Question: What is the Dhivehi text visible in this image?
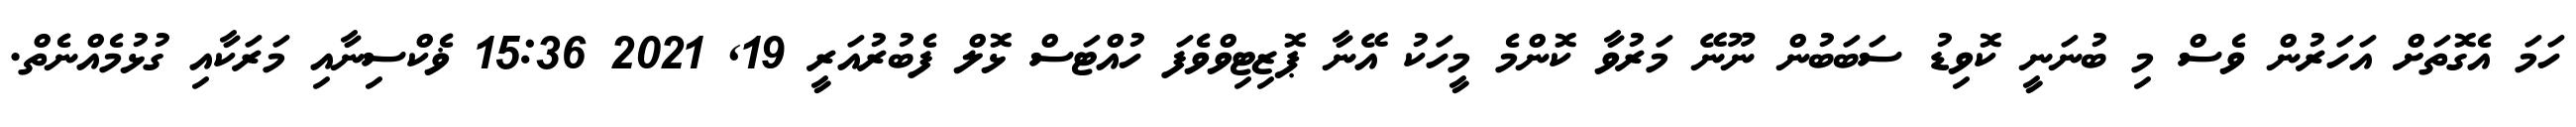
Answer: ހަމަ އެގޮތަށް އަހަރުން ވެސް މި ބުނަނީ ކޮވިޑު ސަބަބުން ނޫނޭ މަރުވާ ކޮންމެ މީހަކު އޭނާ ޕޮޒިޓިވްވެފަ ހުއްޓަސް ޅޮލް ފެބުރުއަރީ 19, 2021 15:36 ޥެކްސިނާއި މަރަކާއި ގުޅުމެއްނެތް.